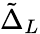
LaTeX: \tilde{\Delta}_{L}